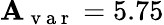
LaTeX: \mathbf{A}_{\mathrm{{~v~a~r~}}}=5.75